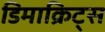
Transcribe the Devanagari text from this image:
डिमाक्रिट्स